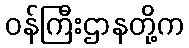
ဝန်ကြီးဌာနတို့က